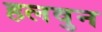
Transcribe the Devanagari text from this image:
हलवुन